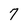
Character: 7